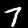
Digit: 7